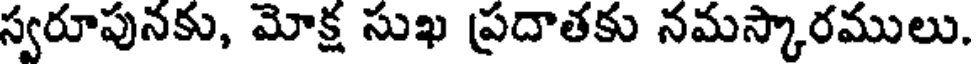
స్వరూపునకు, మోక్ష సుఖ ప్రదాతకు నమస్కారములు.